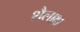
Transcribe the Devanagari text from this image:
शैलाक्ष